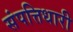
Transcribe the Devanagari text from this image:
संपत्तिधारी